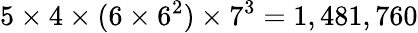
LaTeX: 5\times 4\times(6\times 6^{2})\times 7^{3}=1,481,760